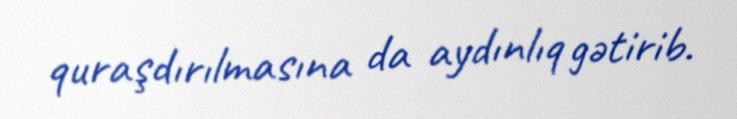
quraşdırılmasına da aydınlıq gətirib.